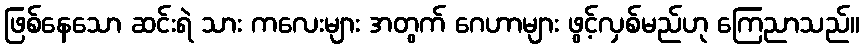
ဖြစ်နေသော ဆင်းရဲ သား ကလေးများ အတွက် ဂေဟာများ ဖွင့်လှစ်မည်ဟု ကြေညာသည်။